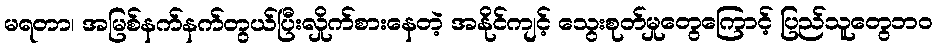
မရတာ၊ အမြစ်နက်နက်တွယ်ပြီးလှိုက်စားနေတဲ့ အနိုင်ကျင့် သွေးစုတ်မှုတွေကြောင့် ပြည်သူတွေဘ၀